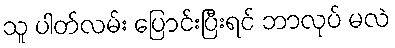
သူ ပါတ်လမ်း ပြောင်းပြီးရင် ဘာလုပ် မလဲ